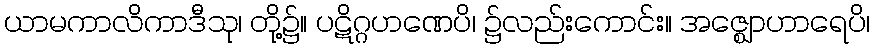
ယာမကာလိကာဒီသု၊ တို့၌။ ပဋိဂ္ဂဟဏေပိ၊ ၌လည်းကောင်း။ အဇ္ဈောဟာရေပိ၊